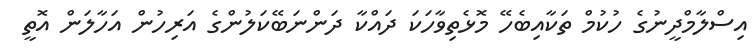
އިސްލާމްދީނުގެ ހުކުމް ތަކާއިބެހޭ މޮޅެތިވާހަކަ ދައްކާ ދަންނަބޭކަލުންގެ އަރިހުން އަހާލަން އޮތީ